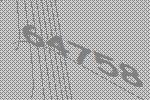
64758